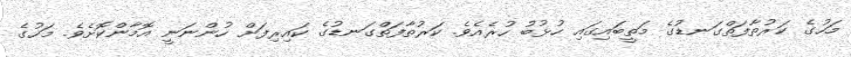
މަހުގެ ކަރުތާފަތްގަނޑުގެ މަތީބައިގައި ހުޅުބު ހުރެއެވެ. ކަރުތާފަތްގަނޑުގެ ކައިރިފަށް ހުންނަނީ އޮމާންކޮށެވެ. މަހުގެ